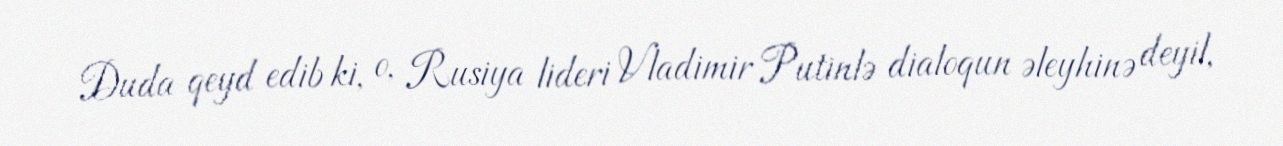
Duda qeyd edib ki, o, Rusiya lideri Vladimir Putinlə dialoqun əleyhinə deyil,